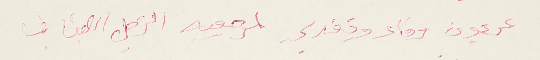
عربون وفاء وتقدير لمرجعيه الزجل اللبناني